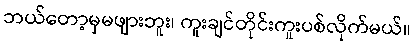
ဘယ်တော့မှမဖျားဘူး၊ ကူးချင်တိုင်းကူးပစ်လိုက်မယ်။